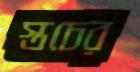
স্তচের